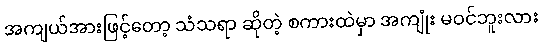
အကျယ်အားဖြင့်တော့ သံသရာ ဆိုတဲ့ စကားထဲမှာ အကျုံး မဝင်ဘူးလား